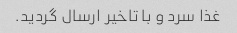
غذا سرد و با تاخیر ارسال گردید.